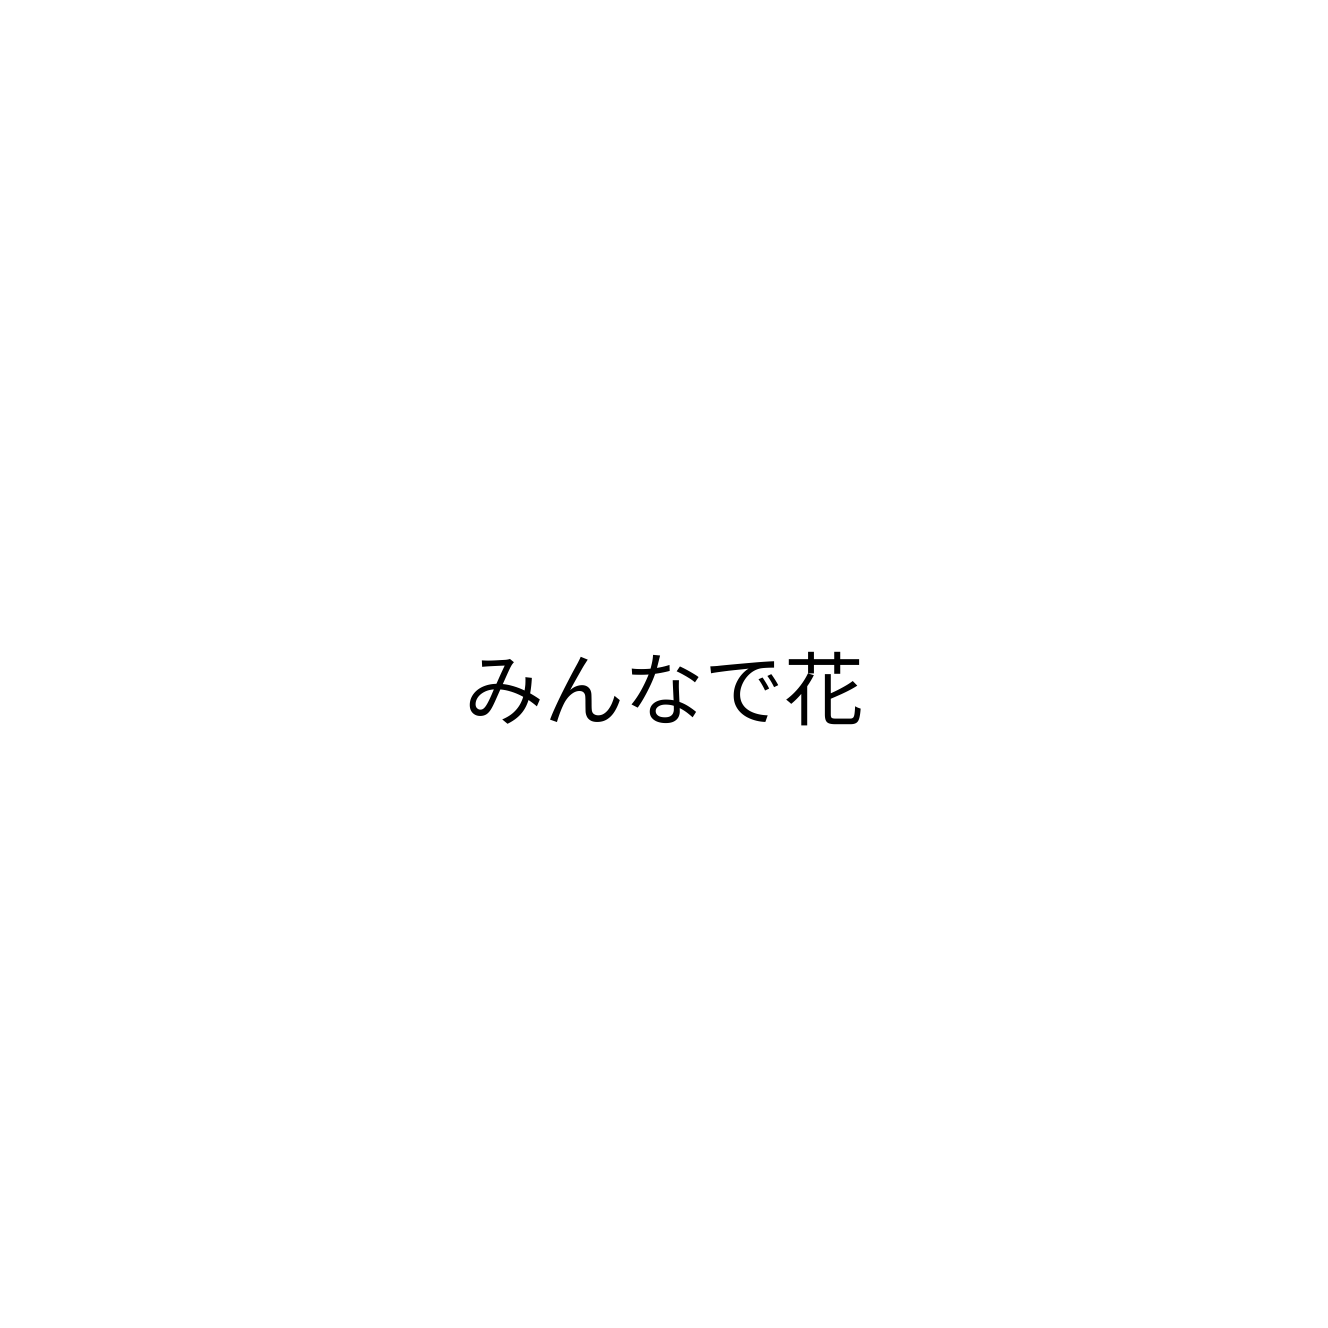
みんなで花